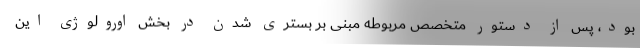
بود، پس از دستور متخصص مربوطه مبنی بر بستری شدن در بخش اورولوژی این